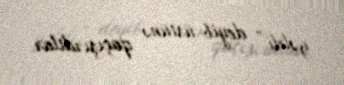
gəldi” deyib üstünə qaçışırdılar.